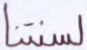
لسنتنا